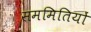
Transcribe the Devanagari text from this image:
सममितियों